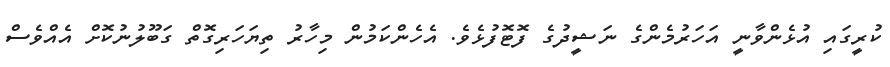
ކުރީގައި އުޅެންވާނީ އަހަރުމެންގެ ނަޝީދުގެ ފޮޓޮފުޅެވެ. އެހެންކަމުން މިހާރު ތިޔަހަރިގޮތް ގަބޫލުނުކޮށް އެއްވެސް